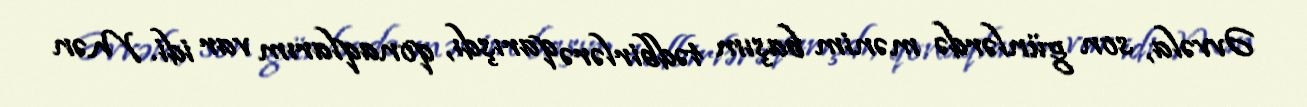
Əvvəla, son günlərdə mənim başım tədbirlərə qarışdı, qonaqlarım var idi. Mən